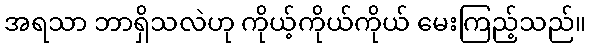
အရသာ ဘာရှိသလဲဟု ကိုယ့်ကိုယ်ကိုယ် မေးကြည့်သည်။